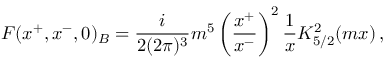
F ( x ^ { + } , x ^ { - } , 0 ) _ { B } = \frac { i } { 2 ( 2 \pi ) ^ { 3 } } m ^ { 5 } \left( \frac { x ^ { + } } { x ^ { - } } \right) ^ { 2 } \frac { 1 } { x } K _ { 5 / 2 } ^ { 2 } ( m x ) \, ,